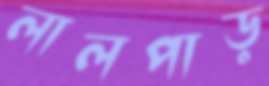
লালপাড়